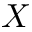
X